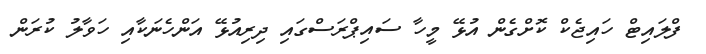
ފްލައިޓް ހައިޖެކް ކޮށްގެން އުޅޭ މީހާ ސައިޕްރަސްގައި ދިރިއުޅޭ އަންހެނަކާއި ހަވާލު ކުރަން